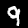
Label: 9